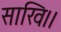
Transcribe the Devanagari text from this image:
साखि।।